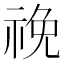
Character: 𥙵